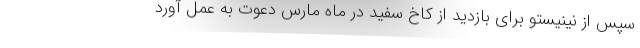
سپس از نینیستو برای بازدید از کاخ سفید در ماه مارس دعوت به عمل آورد